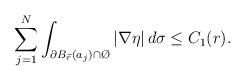
LaTeX: \begin{align*}\sum_{j=1}^N \int_{\partial B_{\widetilde r}(a_j)\cap\O} |\nabla\eta|\,d\sigma\leq C_1(r).\end{align*}